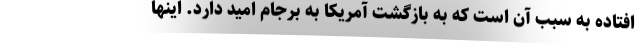
افتاده به سبب آن است که به بازگشت آمریکا به برجام امید دارد. اینها